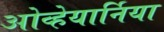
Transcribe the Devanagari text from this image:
ओव्हेयार्निया